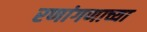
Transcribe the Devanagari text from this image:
रणांगणाच्या